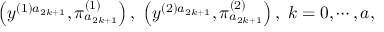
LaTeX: \left( y ^ { ( 1 ) a _ { 2 k + 1 } } , \pi _ { a _ { 2 k + 1 } } ^ { ( 1 ) } \right) , \; \left( y ^ { ( 2 ) a _ { 2 k + 1 } } , \pi _ { a _ { 2 k + 1 } } ^ { ( 2 ) } \right) , \; k = 0 , \cdots , a ,